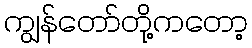
ကျွန်တော်တို့ကတော့